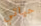
حياتي